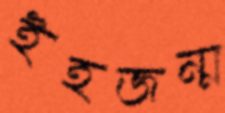
ইহজন্ম